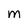
Character: M